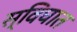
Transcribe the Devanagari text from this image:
स्विघात